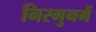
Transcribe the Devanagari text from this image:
निरगुनमैं